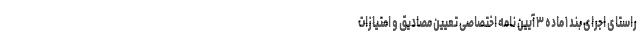
راستای اجرای بند ۱ ماده ۳ آیین نامه اختصاصی تعیین مصادیق و امتیازات